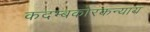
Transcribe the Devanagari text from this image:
कदम्बकोरकन्याय